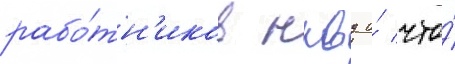
рабо́тн'иков нквд и́ что́